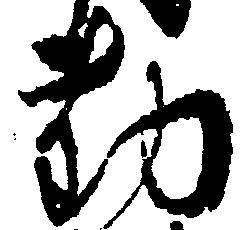
勤